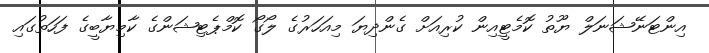
އިންޓަނޭޝަނަލް ޔޫތު ކޮމެޓީއިން ކުރިއަށް ގެންދިޔަ މިއަހަރުގެ ލޯގޯ ކޮމްޕެޓިޝަންގެ ކާމިޔާބީގެ ފަހަތުގައި